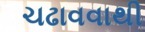
ચઢાવવાથી